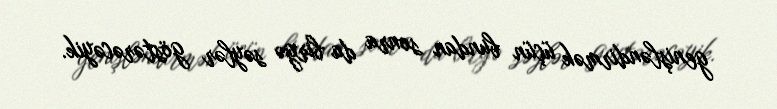
genişləndirmək üçün bundan sonra da birgə səylər göstərəcəyik.